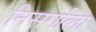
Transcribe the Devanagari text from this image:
निसर्गाला